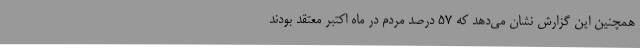
همچنین این گزارش نشان می‌دهد که 57 درصد مردم در ماه اکتبر معتقد بودند